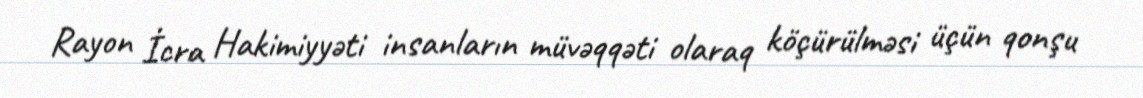
Rayon İcra Hakimiyyəti insanların müvəqqəti olaraq köçürülməsi üçün qonşu